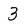
Character: 3